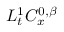
L _ { t } ^ { 1 } C _ { x } ^ { 0 , \beta }